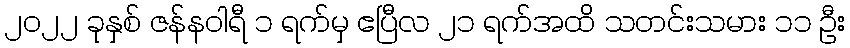
၂၀၂၂ ခုနှစ် ဇန်နဝါရီ ၁ ရက်မှ ဧပြီလ ၂၁ ရက်အထိ သတင်းသမား ၁၁ ဦး